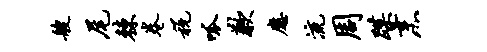
艘尾棘卷税呱歉应流周蹀烹